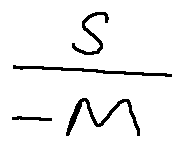
\frac { s } { - M }